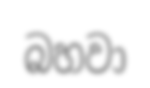
බහවා